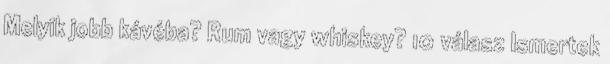
Melyik jobb kávéba? Rum vagy whiskey? 10 válasz Ismertek